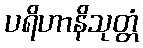
ပရိဟာနိသုတ္တံ